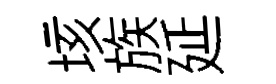
垓族延